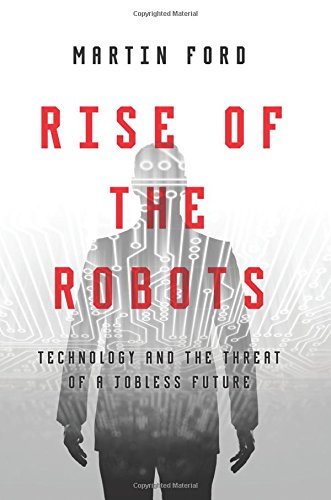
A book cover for Rise of the Robots: Technology and the Threat of a Jobless Future; Martin Ford; Engineering & Transportation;